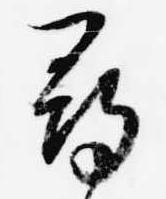
尋